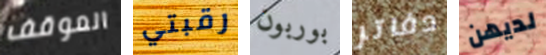
الموقف رقبتي بوربون دفاتر لديهن